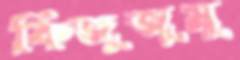
কিজুজুমু